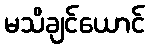
မသိချင်ယောင်